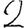
Digit: 2